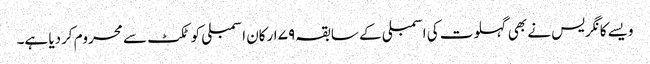
ویسے کانگریس نے بھی گہلوت کی اسمبلی کے سابقہ ۷۹ ارکان اسمبلی کو ٹکٹ سے محروم کردیا ہے۔